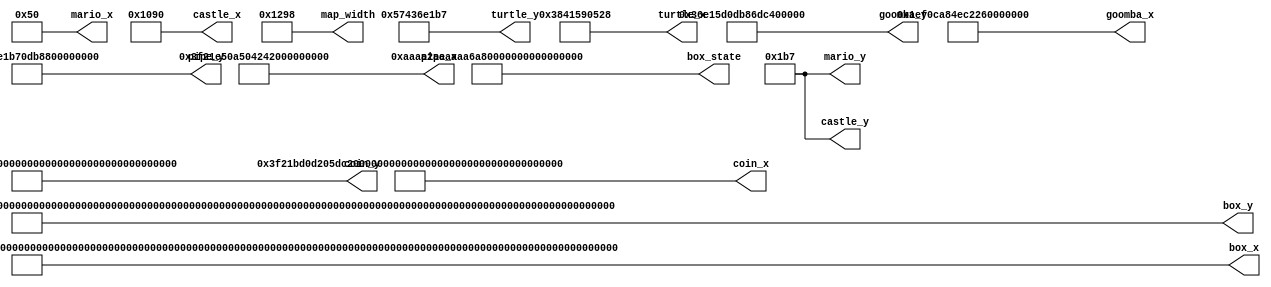
`timescale 1ns / 1ps
//////////////////////////////////////////////////////////////////////////////////
// Company: 
// Engineer: 
// 
// Design Name: 
// Module Name:    StageGenerator 
// Project Name: 
// Target Devices: 
// Tool versions: 
// Description: 
//
// Dependencies: 
//
// Revision: 
// Revision 0.01 - File Created
// Additional Comments: 
//
//////////////////////////////////////////////////////////////////////////////////
// Initial game stage.
module StageGenerator(
	output [12:0] mario_x, 
	output [12:0] mario_y, 
	output [12:0] map_width, 
	output [13*8-1:0] goomba_x, // disable when {x, y} = 00
	output [13*8-1:0] goomba_y, 
	output [13*8-1:0] turtle_x, 
	output [13*8-1:0] turtle_y, 
	output [13*64-1:0] box_x, 
	output [13*64-1:0] box_y, 
	output [2*64-1:0] box_state, // 0: coin, 1: pilz, 2: box, 3: stone
	output [13*8-1:0] pipe_x, 
	output [13*8-1:0] pipe_y, 
	output [12:0] castle_x, 
	output [12:0] castle_y, 
	output [13*16-1:0] coin_x, 
	output [13*16-1:0] coin_y
    );
	assign mario_x[12:0] = 13'd80;
	assign mario_y[12:0] = 13'd439;
	assign box_x[12:0] = 13'd320;
	assign box_y[12:0] = 13'd359;
	assign box_state[1:0] = 2'b11;
	assign box_x[25:13] = 13'd360;
	assign box_y[25:13] = 13'd359;
	assign box_state[3:2] = 2'b00;
	assign box_x[38:26] = 13'd360;
	assign box_y[38:26] = 13'd269;
	assign box_state[5:4] = 2'b11;
	assign box_x[51:39] = 13'd400;
	assign box_y[51:39] = 13'd359;
	assign box_state[7:6] = 2'b11;
	assign box_x[64:52] = 13'd400;
	assign box_y[64:52] = 13'd269;
	assign box_state[9:8] = 2'b00;
	assign box_x[77:65] = 13'd440;
	assign box_y[77:65] = 13'd359;
	assign box_state[11:10] = 2'b01;
	assign box_x[90:78] = 13'd440;
	assign box_y[90:78] = 13'd269;
	assign box_state[13:12] = 2'b11;
	assign box_x[103:91] = 13'd480;
	assign box_y[103:91] = 13'd359;
	assign box_state[15:14] = 2'b11;
	assign goomba_x[12:0] = 13'd800;
	assign goomba_y[12:0] = 13'd439;
	assign pipe_x[12:0] = 13'd840;
	assign pipe_y[12:0] = 13'd439;
	assign goomba_x[25:13] = 13'd920;
	assign goomba_y[25:13] = 13'd439;
	assign box_x[116:104] = 13'd1000;
	assign box_y[116:104] = 13'd439;
	assign box_state[17:16] = 2'b10;
	assign pipe_x[25:13] = 13'd1160;
	assign pipe_y[25:13] = 13'd439;
	assign coin_x[12:0] = 13'd1160;
	assign coin_y[12:0] = 13'd279;
	assign coin_x[25:13] = 13'd1200;
	assign coin_y[25:13] = 13'd279;
	assign turtle_x[12:0] = 13'd1320;
	assign turtle_y[12:0] = 13'd439;
	assign pipe_x[38:26] = 13'd1440;
	assign pipe_y[38:26] = 13'd439;
	assign coin_x[38:26] = 13'd1440;
	assign coin_y[38:26] = 13'd279;
	assign coin_x[51:39] = 13'd1480;
	assign coin_y[51:39] = 13'd279;
	assign box_x[129:117] = 13'd1560;
	assign box_y[129:117] = 13'd279;
	assign box_state[19:18] = 2'b11;
	assign coin_x[64:52] = 13'd1560;
	assign coin_y[64:52] = 13'd159;
	assign box_x[142:130] = 13'd1600;
	assign box_y[142:130] = 13'd279;
	assign box_state[21:20] = 2'b11;
	assign box_x[155:143] = 13'd1640;
	assign box_y[155:143] = 13'd279;
	assign box_state[23:22] = 2'b11;
	assign box_x[168:156] = 13'd1640;
	assign box_y[168:156] = 13'd159;
	assign box_state[25:24] = 2'b00;
	assign box_x[181:169] = 13'd1760;
	assign box_y[181:169] = 13'd199;
	assign box_state[27:26] = 2'b11;
	assign box_x[194:182] = 13'd1800;
	assign box_y[194:182] = 13'd199;
	assign box_state[29:28] = 2'b11;
	assign box_x[207:195] = 13'd1840;
	assign box_y[207:195] = 13'd199;
	assign box_state[31:30] = 2'b11;
	assign box_x[220:208] = 13'd1880;
	assign box_y[220:208] = 13'd199;
	assign box_state[33:32] = 2'b11;
	assign coin_x[77:65] = 13'd2000;
	assign coin_y[77:65] = 13'd199;
	assign pipe_x[51:39] = 13'd2120;
	assign pipe_y[51:39] = 13'd439;
	assign goomba_x[38:26] = 13'd2200;
	assign goomba_y[38:26] = 13'd439;
	assign box_x[233:221] = 13'd2320;
	assign box_y[233:221] = 13'd439;
	assign box_state[35:34] = 2'b11;
	assign box_x[246:234] = 13'd2320;
	assign box_y[246:234] = 13'd399;
	assign box_state[37:36] = 2'b11;
	assign coin_x[90:78] = 13'd2320;
	assign coin_y[90:78] = 13'd319;
	assign coin_x[103:91] = 13'd2320;
	assign coin_y[103:91] = 13'd279;
	assign coin_x[116:104] = 13'd2440;
	assign coin_y[116:104] = 13'd279;
	assign goomba_x[51:39] = 13'd2520;
	assign goomba_y[51:39] = 13'd439;
	assign box_x[259:247] = 13'd2560;
	assign box_y[259:247] = 13'd279;
	assign box_state[39:38] = 2'b00;
	assign coin_x[129:117] = 13'd2560;
	assign coin_y[129:117] = 13'd159;
	assign pipe_x[64:52] = 13'd2640;
	assign pipe_y[64:52] = 13'd439;
	assign turtle_x[25:13] = 13'd2760;
	assign turtle_y[25:13] = 13'd439;
	assign box_x[272:260] = 13'd2880;
	assign box_y[272:260] = 13'd389;
	assign box_state[41:40] = 2'b10;
	assign box_x[285:273] = 13'd2920;
	assign box_y[285:273] = 13'd389;
	assign box_state[43:42] = 2'b10;
	assign box_x[298:286] = 13'd2920;
	assign box_y[298:286] = 13'd349;
	assign box_state[45:44] = 2'b10;
	assign box_x[311:299] = 13'd2920;
	assign box_y[311:299] = 13'd189;
	assign box_state[47:46] = 2'b10;
	assign box_x[324:312] = 13'd2960;
	assign box_y[324:312] = 13'd389;
	assign box_state[49:48] = 2'b10;
	assign box_x[337:325] = 13'd2960;
	assign box_y[337:325] = 13'd309;
	assign box_state[51:50] = 2'b10;
	assign box_x[350:338] = 13'd2960;
	assign box_y[350:338] = 13'd189;
	assign box_state[53:52] = 2'b00;
	assign coin_x[142:130] = 13'd2960;
	assign coin_y[142:130] = 13'd69;
	assign box_x[363:351] = 13'd3000;
	assign box_y[363:351] = 13'd389;
	assign box_state[55:54] = 2'b10;
	assign coin_x[155:143] = 13'd3000;
	assign coin_y[155:143] = 13'd349;
	assign box_x[376:364] = 13'd3000;
	assign box_y[376:364] = 13'd269;
	assign box_state[57:56] = 2'b10;
	assign box_x[389:377] = 13'd3000;
	assign box_y[389:377] = 13'd189;
	assign box_state[59:58] = 2'b10;
	assign box_x[402:390] = 13'd3040;
	assign box_y[402:390] = 13'd229;
	assign box_state[61:60] = 2'b10;
	assign box_x[415:403] = 13'd3040;
	assign box_y[415:403] = 13'd189;
	assign box_state[63:62] = 2'b10;
	assign box_x[428:416] = 13'd3160;
	assign box_y[428:416] = 13'd389;
	assign box_state[65:64] = 2'b10;
	assign box_x[441:429] = 13'd3160;
	assign box_y[441:429] = 13'd349;
	assign box_state[67:66] = 2'b10;
	assign box_x[454:442] = 13'd3160;
	assign box_y[454:442] = 13'd309;
	assign box_state[69:68] = 2'b10;
	assign box_x[467:455] = 13'd3200;
	assign box_y[467:455] = 13'd389;
	assign box_state[71:70] = 2'b10;
	assign box_x[480:468] = 13'd3240;
	assign box_y[480:468] = 13'd389;
	assign box_state[73:72] = 2'b10;
	assign goomba_x[64:52] = 13'd3240;
	assign goomba_y[64:52] = 13'd349;
	assign box_x[493:481] = 13'd3240;
	assign box_y[493:481] = 13'd189;
	assign box_state[75:74] = 2'b01;
	assign box_x[506:494] = 13'd3280;
	assign box_y[506:494] = 13'd389;
	assign box_state[77:76] = 2'b10;
	assign box_x[519:507] = 13'd3280;
	assign box_y[519:507] = 13'd349;
	assign box_state[79:78] = 2'b10;
	assign box_x[532:520] = 13'd3280;
	assign box_y[532:520] = 13'd189;
	assign box_state[81:80] = 2'b10;
	assign box_x[545:533] = 13'd3320;
	assign box_y[545:533] = 13'd309;
	assign box_state[83:82] = 2'b10;
	assign box_x[558:546] = 13'd3320;
	assign box_y[558:546] = 13'd269;
	assign box_state[85:84] = 2'b10;
	assign box_x[571:559] = 13'd3320;
	assign box_y[571:559] = 13'd229;
	assign box_state[87:86] = 2'b10;
	assign box_x[584:572] = 13'd3320;
	assign box_y[584:572] = 13'd189;
	assign box_state[89:88] = 2'b10;
	assign box_x[597:585] = 13'd3360;
	assign box_y[597:585] = 13'd189;
	assign box_state[91:90] = 2'b10;
	assign coin_x[168:156] = 13'd3360;
	assign coin_y[168:156] = 13'd69;
	assign box_x[610:598] = 13'd3480;
	assign box_y[610:598] = 13'd389;
	assign box_state[93:92] = 2'b10;
	assign box_x[623:611] = 13'd3480;
	assign box_y[623:611] = 13'd349;
	assign box_state[95:94] = 2'b10;
	assign box_x[636:624] = 13'd3520;
	assign box_y[636:624] = 13'd389;
	assign box_state[97:96] = 2'b10;
	assign box_x[649:637] = 13'd3520;
	assign box_y[649:637] = 13'd309;
	assign box_state[99:98] = 2'b10;
	assign box_x[662:650] = 13'd3560;
	assign box_y[662:650] = 13'd389;
	assign box_state[101:100] = 2'b10;
	assign box_x[675:663] = 13'd3560;
	assign box_y[675:663] = 13'd269;
	assign box_state[103:102] = 2'b00;
	assign box_x[688:676] = 13'd3560;
	assign box_y[688:676] = 13'd229;
	assign box_state[105:104] = 2'b10;
	assign box_x[701:689] = 13'd3560;
	assign box_y[701:689] = 13'd189;
	assign box_state[107:106] = 2'b10;
	assign coin_x[181:169] = 13'd3560;
	assign coin_y[181:169] = 13'd69;
	assign box_x[714:702] = 13'd3600;
	assign box_y[714:702] = 13'd389;
	assign box_state[109:108] = 2'b10;
	assign turtle_x[38:26] = 13'd3600;
	assign turtle_y[38:26] = 13'd349;
	assign box_x[727:715] = 13'd3640;
	assign box_y[727:715] = 13'd349;
	assign box_state[111:110] = 2'b10;
	assign box_x[740:728] = 13'd3680;
	assign box_y[740:728] = 13'd309;
	assign box_state[113:112] = 2'b10;
	assign box_x[753:741] = 13'd3720;
	assign box_y[753:741] = 13'd269;
	assign box_state[115:114] = 2'b10;
	assign box_x[766:754] = 13'd3720;
	assign box_y[766:754] = 13'd229;
	assign box_state[117:116] = 2'b10;
	assign box_x[779:767] = 13'd3720;
	assign box_y[779:767] = 13'd189;
	assign box_state[119:118] = 2'b10;
	assign pipe_x[77:65] = 13'd3880;
	assign pipe_y[77:65] = 13'd439;
	assign goomba_x[77:65] = 13'd3960;
	assign goomba_y[77:65] = 13'd439;
	assign pipe_x[90:78] = 13'd4040;
	assign pipe_y[90:78] = 13'd439;
	assign coin_x[194:182] = 13'd4040;
	assign coin_y[194:182] = 13'd319;
	assign castle_x[12:0] = 13'd4240;
	assign castle_y[12:0] = 13'd439;
	assign pipe_x[103:91] = 13'd0;
	assign pipe_y[103:91] = 13'd0;
	assign box_x[831:780] = 52'd0;
	assign box_y[831:780] = 52'd0;
	assign box_state[127:120] = 8'd0;
	assign coin_x[207:195] = 13'd0;
	assign coin_y[207:195] = 13'd0;
	assign goomba_x[103:78] = 26'd0;
	assign goomba_y[103:78] = 26'd0;
	assign turtle_x[103:39] = 65'd0;
	assign turtle_y[103:39] = 65'd0;
	assign map_width = 13'd4760;
endmodule